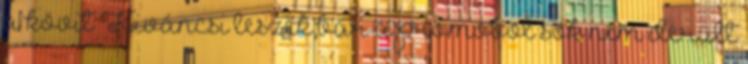
a kövit Kiváncsi leszek,bár a promobol sok nem derült